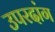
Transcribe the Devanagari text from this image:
उपरदांग